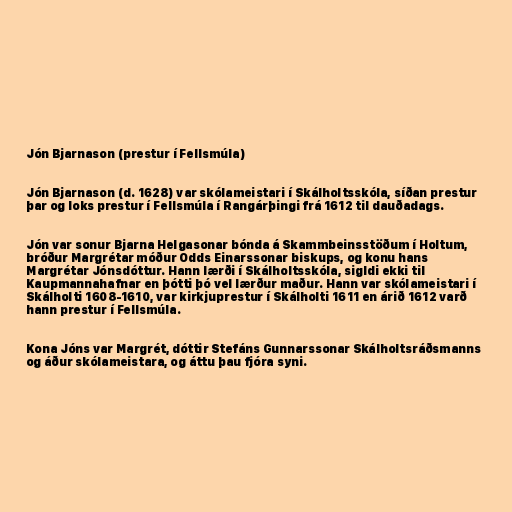
Jón Bjarnason (prestur í Fellsmúla)

Jón Bjarnason (d. 1628) var skólameistari í Skálholtsskóla, síðan prestur
þar og loks prestur í Fellsmúla í Rangárþingi frá 1612 til dauðadags.

Jón var sonur Bjarna Helgasonar bónda á Skammbeinsstöðum í Holtum,
bróður Margrétar móður Odds Einarssonar biskups, og konu hans
Margrétar Jónsdóttur. Hann lærði í Skálholtsskóla, sigldi ekki til
Kaupmannahafnar en þótti þó vel lærður maður. Hann var skólameistari í
Skálholti 1608-1610, var kirkjuprestur í Skálholti 1611 en árið 1612 varð
hann prestur í Fellsmúla.

Kona Jóns var Margrét, dóttir Stefáns Gunnarssonar Skálholtsráðsmanns
og áður skólameistara, og áttu þau fjóra syni.